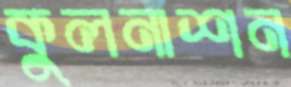
কুলনাশন